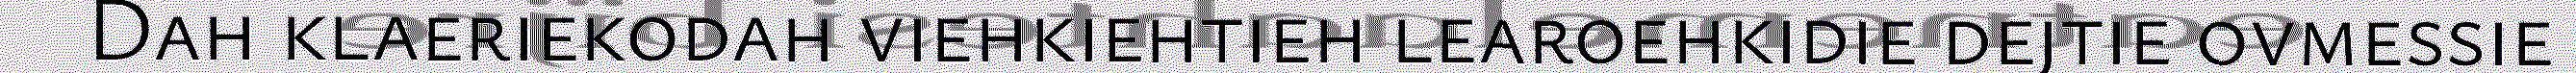
Dah klaeriekodah viehkiehtieh learoehkidie dejtie ovmessie